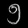
Digit: ၅